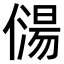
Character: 𠎯